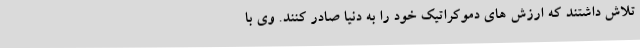
تلاش داشتند که ارزش های دموکراتیک خود را به دنیا صادر کنند. وی با